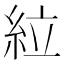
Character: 𫃡